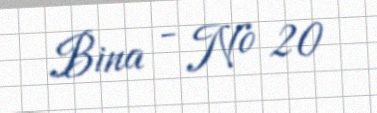
Bina - № 20